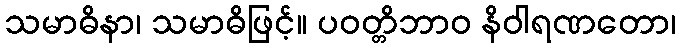
သမာဓိနာ၊ သမာဓိဖြင့်။ ပဝတ္တိဘာဝ နိဝါရဏတော၊